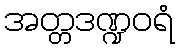
အတ္တဒဏ္ဍဝရံ